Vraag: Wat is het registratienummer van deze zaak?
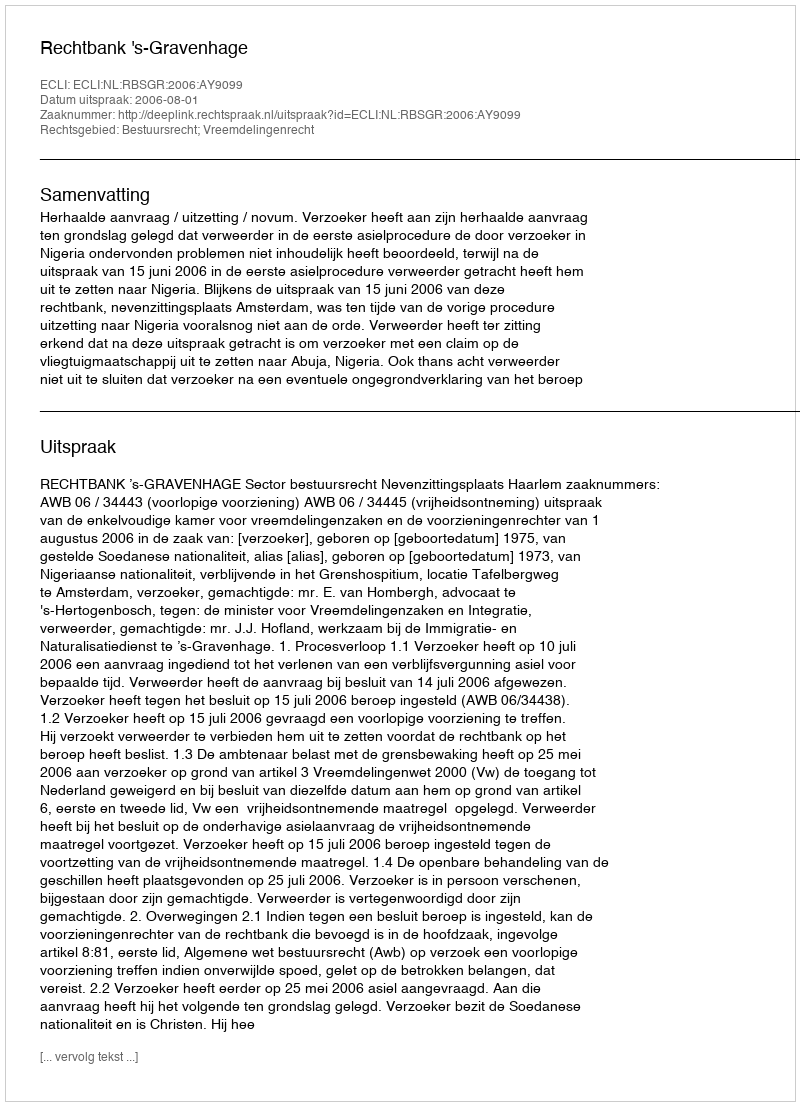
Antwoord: http://deeplink.rechtspraak.nl/uitspraak?id=ECLI:NL:RBSGR:2006:AY9099